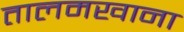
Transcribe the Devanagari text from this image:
तालमखाना